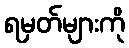
ရမှတ်များကို